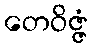
တေဝိဇ္ဇံ